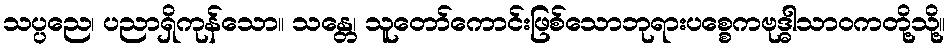
သပ္ပညေ၊ ပညာရှိကုန်သော။ သန္တေ၊ သူတော်ကောင်းဖြစ်သောဘုရားပစ္စေကဗုဒ္ဓါသာဝကတို့သို့။